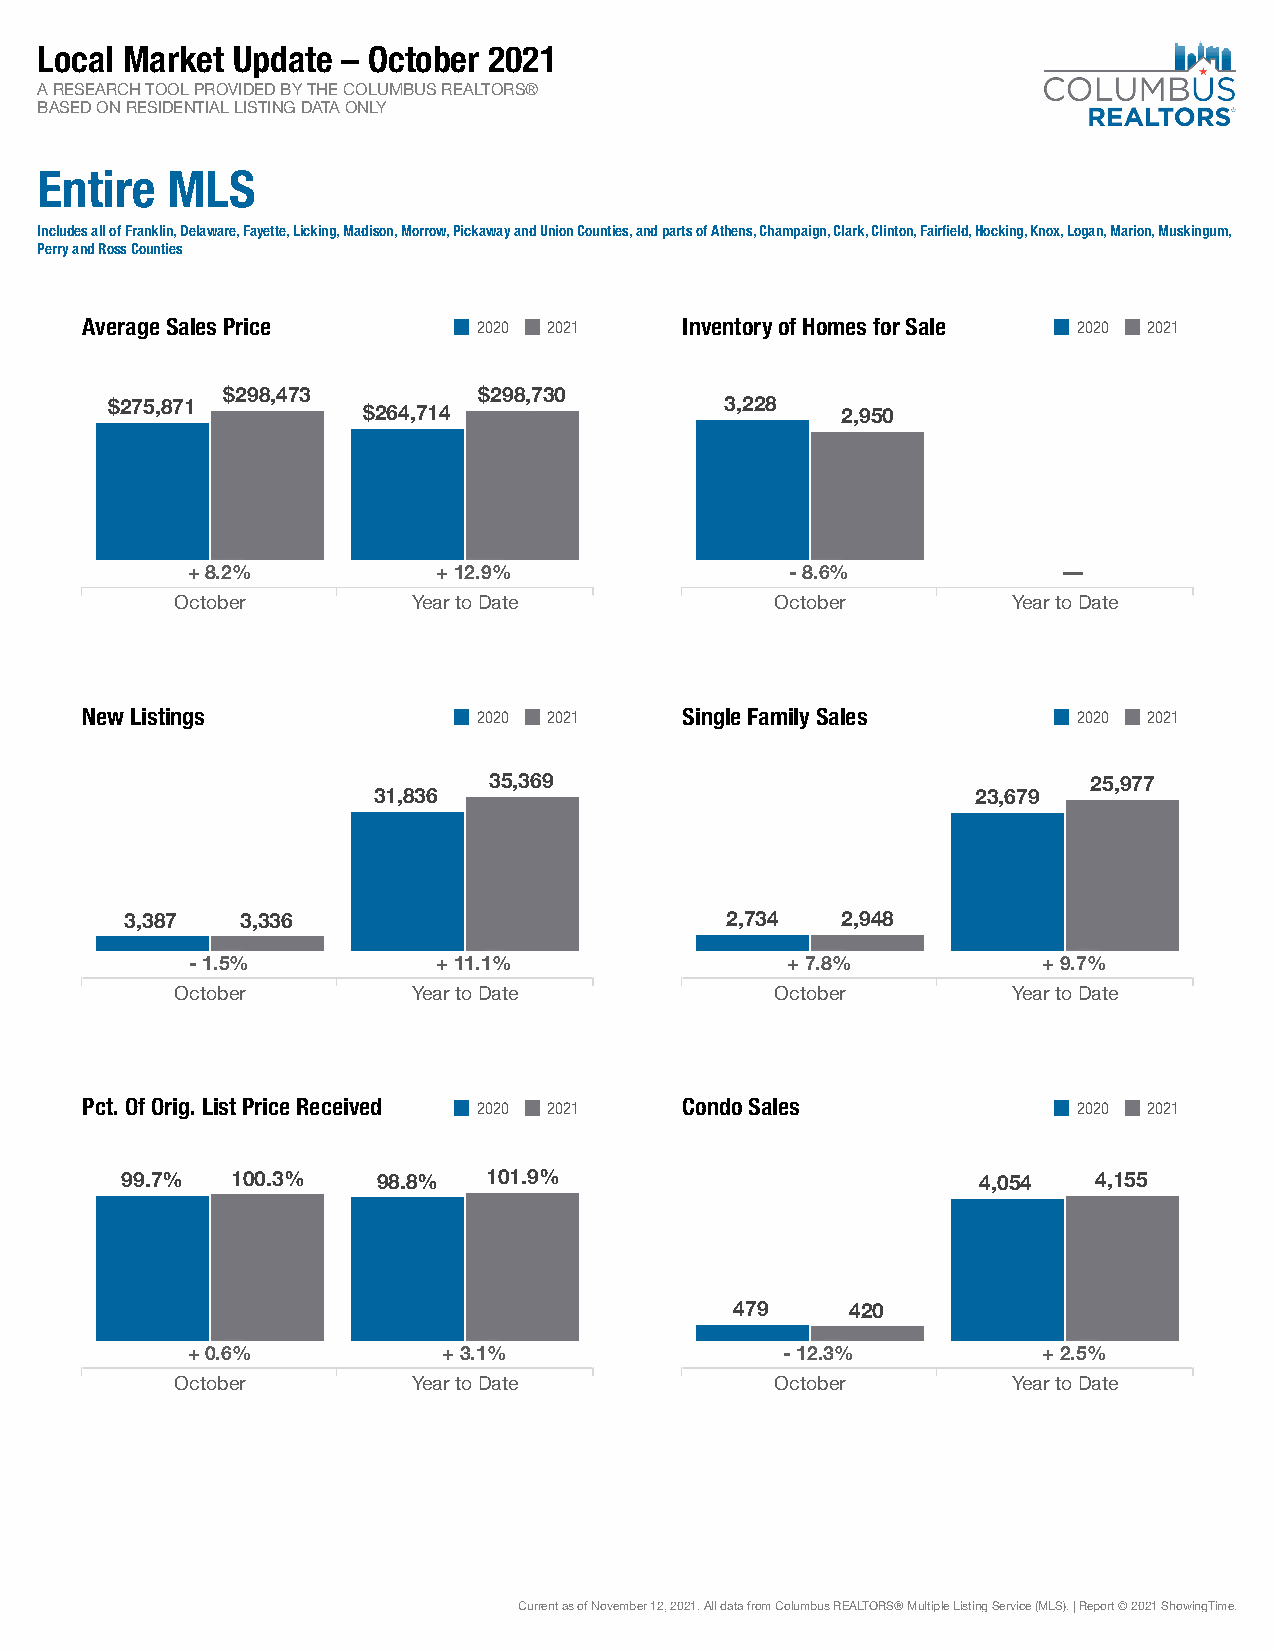
Local Market Update – October 2021
 A RESEARCH TOOL PROVIDED BY THE COLUMBUS REALTORS®
 BASED ON RESIDENTIAL LISTING DATA ONLY
 Entire MLS
 Includes all of Franklin, Delaware, Fayette, Licking, Madison, Morrow, Pickaway and Union Counties, and parts of Athens, Champaign, Clark, Clinton, Fairfield, Hocking, Knox, Logan, Marion, Muskingum,
 Perry and Ross Counties
 Average Sales Price 2020 2021    Inventory of Homes for Sale 2020 2021
 $$$222999888,,,444777333 $$$222999888,,,777333000
 $$$222777555,,,888777111 $$$222666444,,,777111444 333,,,222222888 222,,,999555000
 +++ 888...222%%% +++ 111222...999%%%    --- 888...666%%%  ––––––
 October        Year to Date            October         Year to Date
 New Listings       2020 2021     Single Family Sales       2020 2021
 333555,,,333666999                      222555,,,999777777
 333111,,,888333666                      222333,,,666777999
 333,,,333888777 333,,,333333666     222,,,777333444 222,,,999444888
 --- 111...555%%% +++ 111111...111%%%    +++ 777...888%%% +++ 999...777%%%
 October        Year to Date            October         Year to Date
 Pct. Of Orig. List Price Received 2020 2021 Condo Sales    2020 2021
 999999...777%%% 111000000...333%%% 999888...888%%% 111000111...999%%% 444,,,000555444 444,,,111555555
 444777999 444222000
 +++ 000...666%%% +++ 333...111%%%      --- 111222...333%%% +++ 222...555%%%
 October        Year to Date            October         Year to Date
 Current as of November 12, 2021. All data from Columbus REALTORS® Multiple Listing Service (MLS). | Report © 2021 ShowingTime.